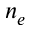
n _ { e }